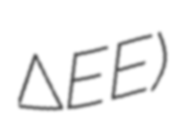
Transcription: ΔEEΦ)